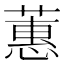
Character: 蕙